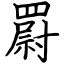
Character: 罻